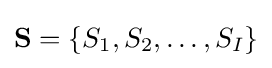
\mathbf {S} =\{S_{1},S_{2},\ldots ,S_{I}\}